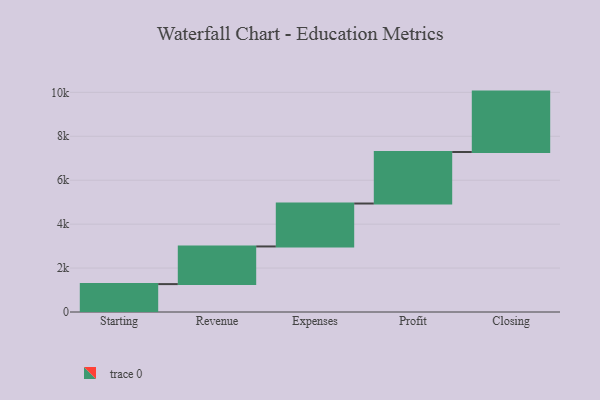
{"axis": {"x": "Step", "y": "Value"}, "legend": [""], "data": [{"x": "Starting", "y": 1270.0, "type": ""}, {"x": "Revenue", "y": 1714.0, "type": ""}, {"x": "Expenses", "y": 1954.0, "type": ""}, {"x": "Profit", "y": 2345.0, "type": ""}, {"x": "Closing", "y": 2750.0, "type": ""}]}